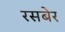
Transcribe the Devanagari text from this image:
रसबेर